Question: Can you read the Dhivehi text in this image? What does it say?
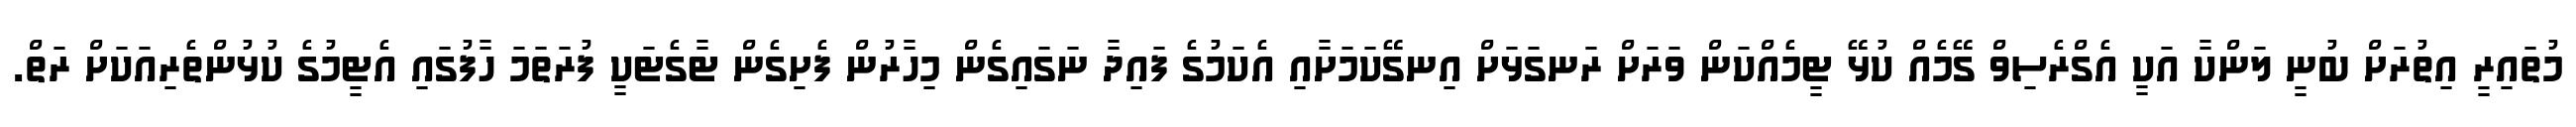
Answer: މުތައިރީ އިތުރަށް ބުނީ ލަންކާ އަކީ އެގްރެސިވް ގޭމެއް ކުޅޭ ޓީމެއްކަން ވަރަށް ރަނގަޅަށް އިނގޭކަމަށާއި އެކަމުގެ ފައިދާ ނަގައިގެން މިހާރުން ފެށިގެން ޓާގެޓަކީ ފުރަތަމަ ހާފުގައި އެޓީމުގެ ކުޅުންތެރިއަކަށް ރަތް.